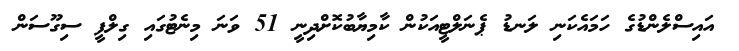
އައިސްލެންޑުގެ ހަމައެކަނި ލަނޑު ޕެނަލްޓީއަކުން ކާމިޔާބުކޮށްދިނީ 51 ވަނަ މިނެޓުގައި ގިލްފީ ސިގޫސަން